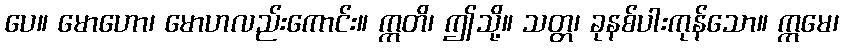
ပေ။ မောဟော၊ မောဟလည်းကောင်း။ ဣတိ၊ ဤသို့။ သတ္တ၊ ခုနစ်ပါးကုန်သော။ ဣမေ၊